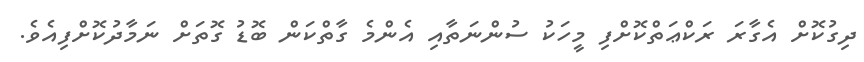
ދިގުކޮށް އެގާރަ ރަކްޢަތްކޮށްފި މީހަކު ސުންނަތާއި އެންމެ ގާތްކަން ބޮޑު ގޮތަށް ނަމާދުކޮށްފިއެވެ.